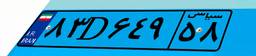
۰۰D۲۰۰۷۰